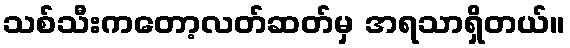
သစ်သီးကတော့လတ်ဆတ်မှ အရသာရှိတယ်။